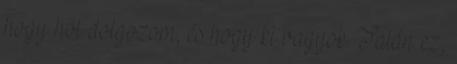
hogy hol dolgozom, és hogy ki vagyok. Talán ez,